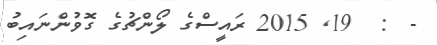
-  :  19